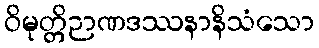
ဝိမုတ္တိဉာဏဒဿနာနိသံသော